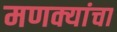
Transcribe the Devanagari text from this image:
मणक्यांचा